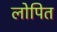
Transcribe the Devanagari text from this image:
लोपित